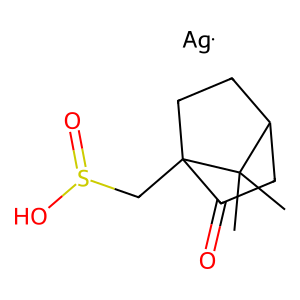
SMILES: CC1(C)C2CCC1(CS(=O)O)C(=O)C2.[Ag]
Inhibits HIV replication: No